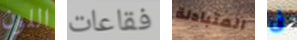
اللون فقاعات المتبادلة فى